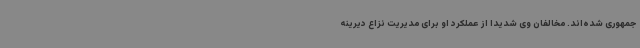
جمهوری شده‌اند. مخالفان وی شدیداً از عملکرد او برای مدیریت نزاع دیرینه